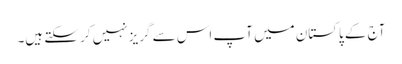
آج کے پاکستان میں آپ اس سے گریز نہیں کر سکتے ہیں۔